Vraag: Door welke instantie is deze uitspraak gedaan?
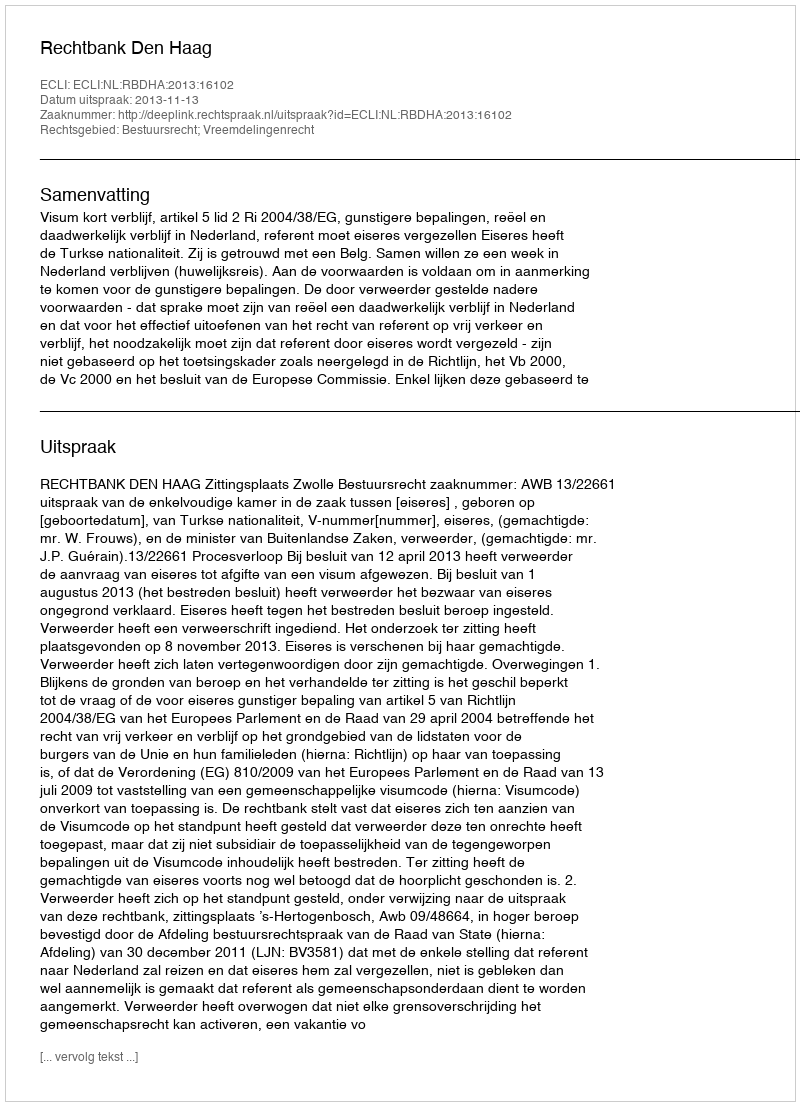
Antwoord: Rechtbank Den Haag